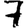
Digit: 7